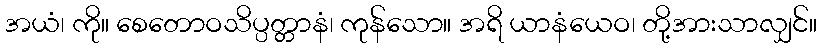
အယံ၊ ကို။ စေတောဝသိပ္ပတ္တာနံ၊ ကုန်သော။ အရိ ယာနံယေဝ၊ တို့အားသာလျှင်။